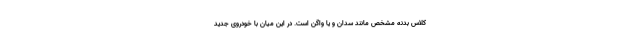
کلاس بدنه مشخص مانند سدان و یا واگن است. در این میان با خودروی جدید